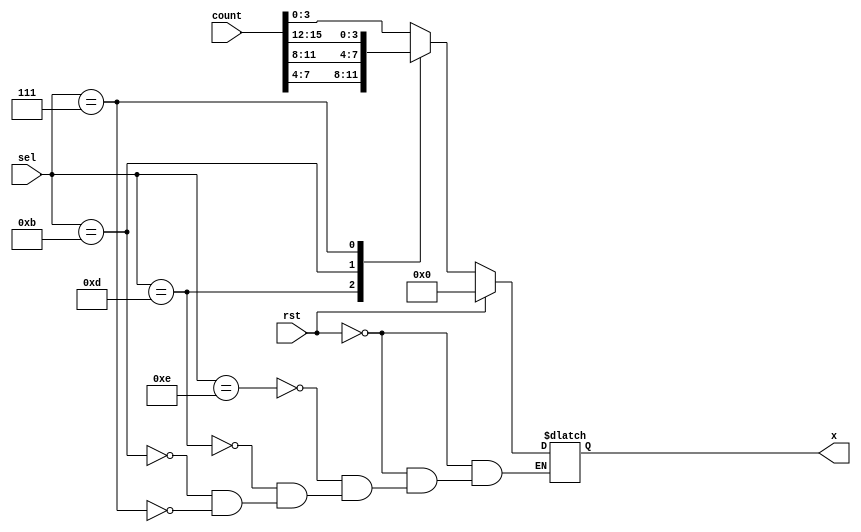
`timescale 1ns / 1ps
//////////////////////////////////////////////////////////////////////////////////
// Company: 
// Engineer: 
// 
// Design Name: 
// Module Name:    seg_mux 
// Project Name: 
// Target Devices: 
// Tool versions: 
// Description: 
//
// Dependencies: 
//
// Revision: 
// Revision 0.01 - File Created
// Additional Comments: 
//
//////////////////////////////////////////////////////////////////////////////////
module seg_mux(
	
		input wire [23:0]count,
		input [3:0]sel,
		input rst,
	
		output reg [3:0]x
    );
	 
always@(sel)
	if(rst==1)
		x=0;
	else begin
		case(sel)
//-----------------display hour & min-----------------------------------------//
       		//4'b1110:x=count[11:8];
       		//4'b1101:x=count[15:12];
       		//4'b1011:x=count[19:16];
       		//4'b0111:x=count[23:20];

//-----------------display min & sec------------------------------------------//		 
       		4'b1110:x=count[3:0];
       		4'b1101:x=count[7:4];
       		4'b1011:x=count[11:8];
       		4'b0111:x=count[15:12];
		 
	endcase
	end


endmodule